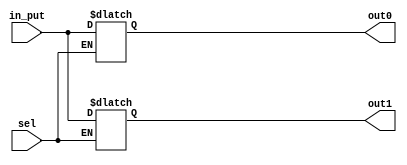



module demux(
    output 	reg	[15:0] 	out0,
    output  reg  	[15:0] 	out1,
    input 		[15:0] 	in_put,
    input sel
    );


always @*
 begin 
   case(sel)
	 1'b0      :  out0<=in_put;
	 1'b1      : out1<=in_put;
	 default   : begin out1<=16'bz; out0<=16'bz; end
   endcase
 end

endmodule